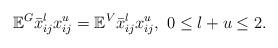
LaTeX: \begin{align*} \mathbb{E}^G\bar{x}_{ij}^l x_{ij}^u=\mathbb{E}^V \bar{x}_{ij}^l x_{ij}^u, \ 0 \leq l+u \leq 2.\end{align*}